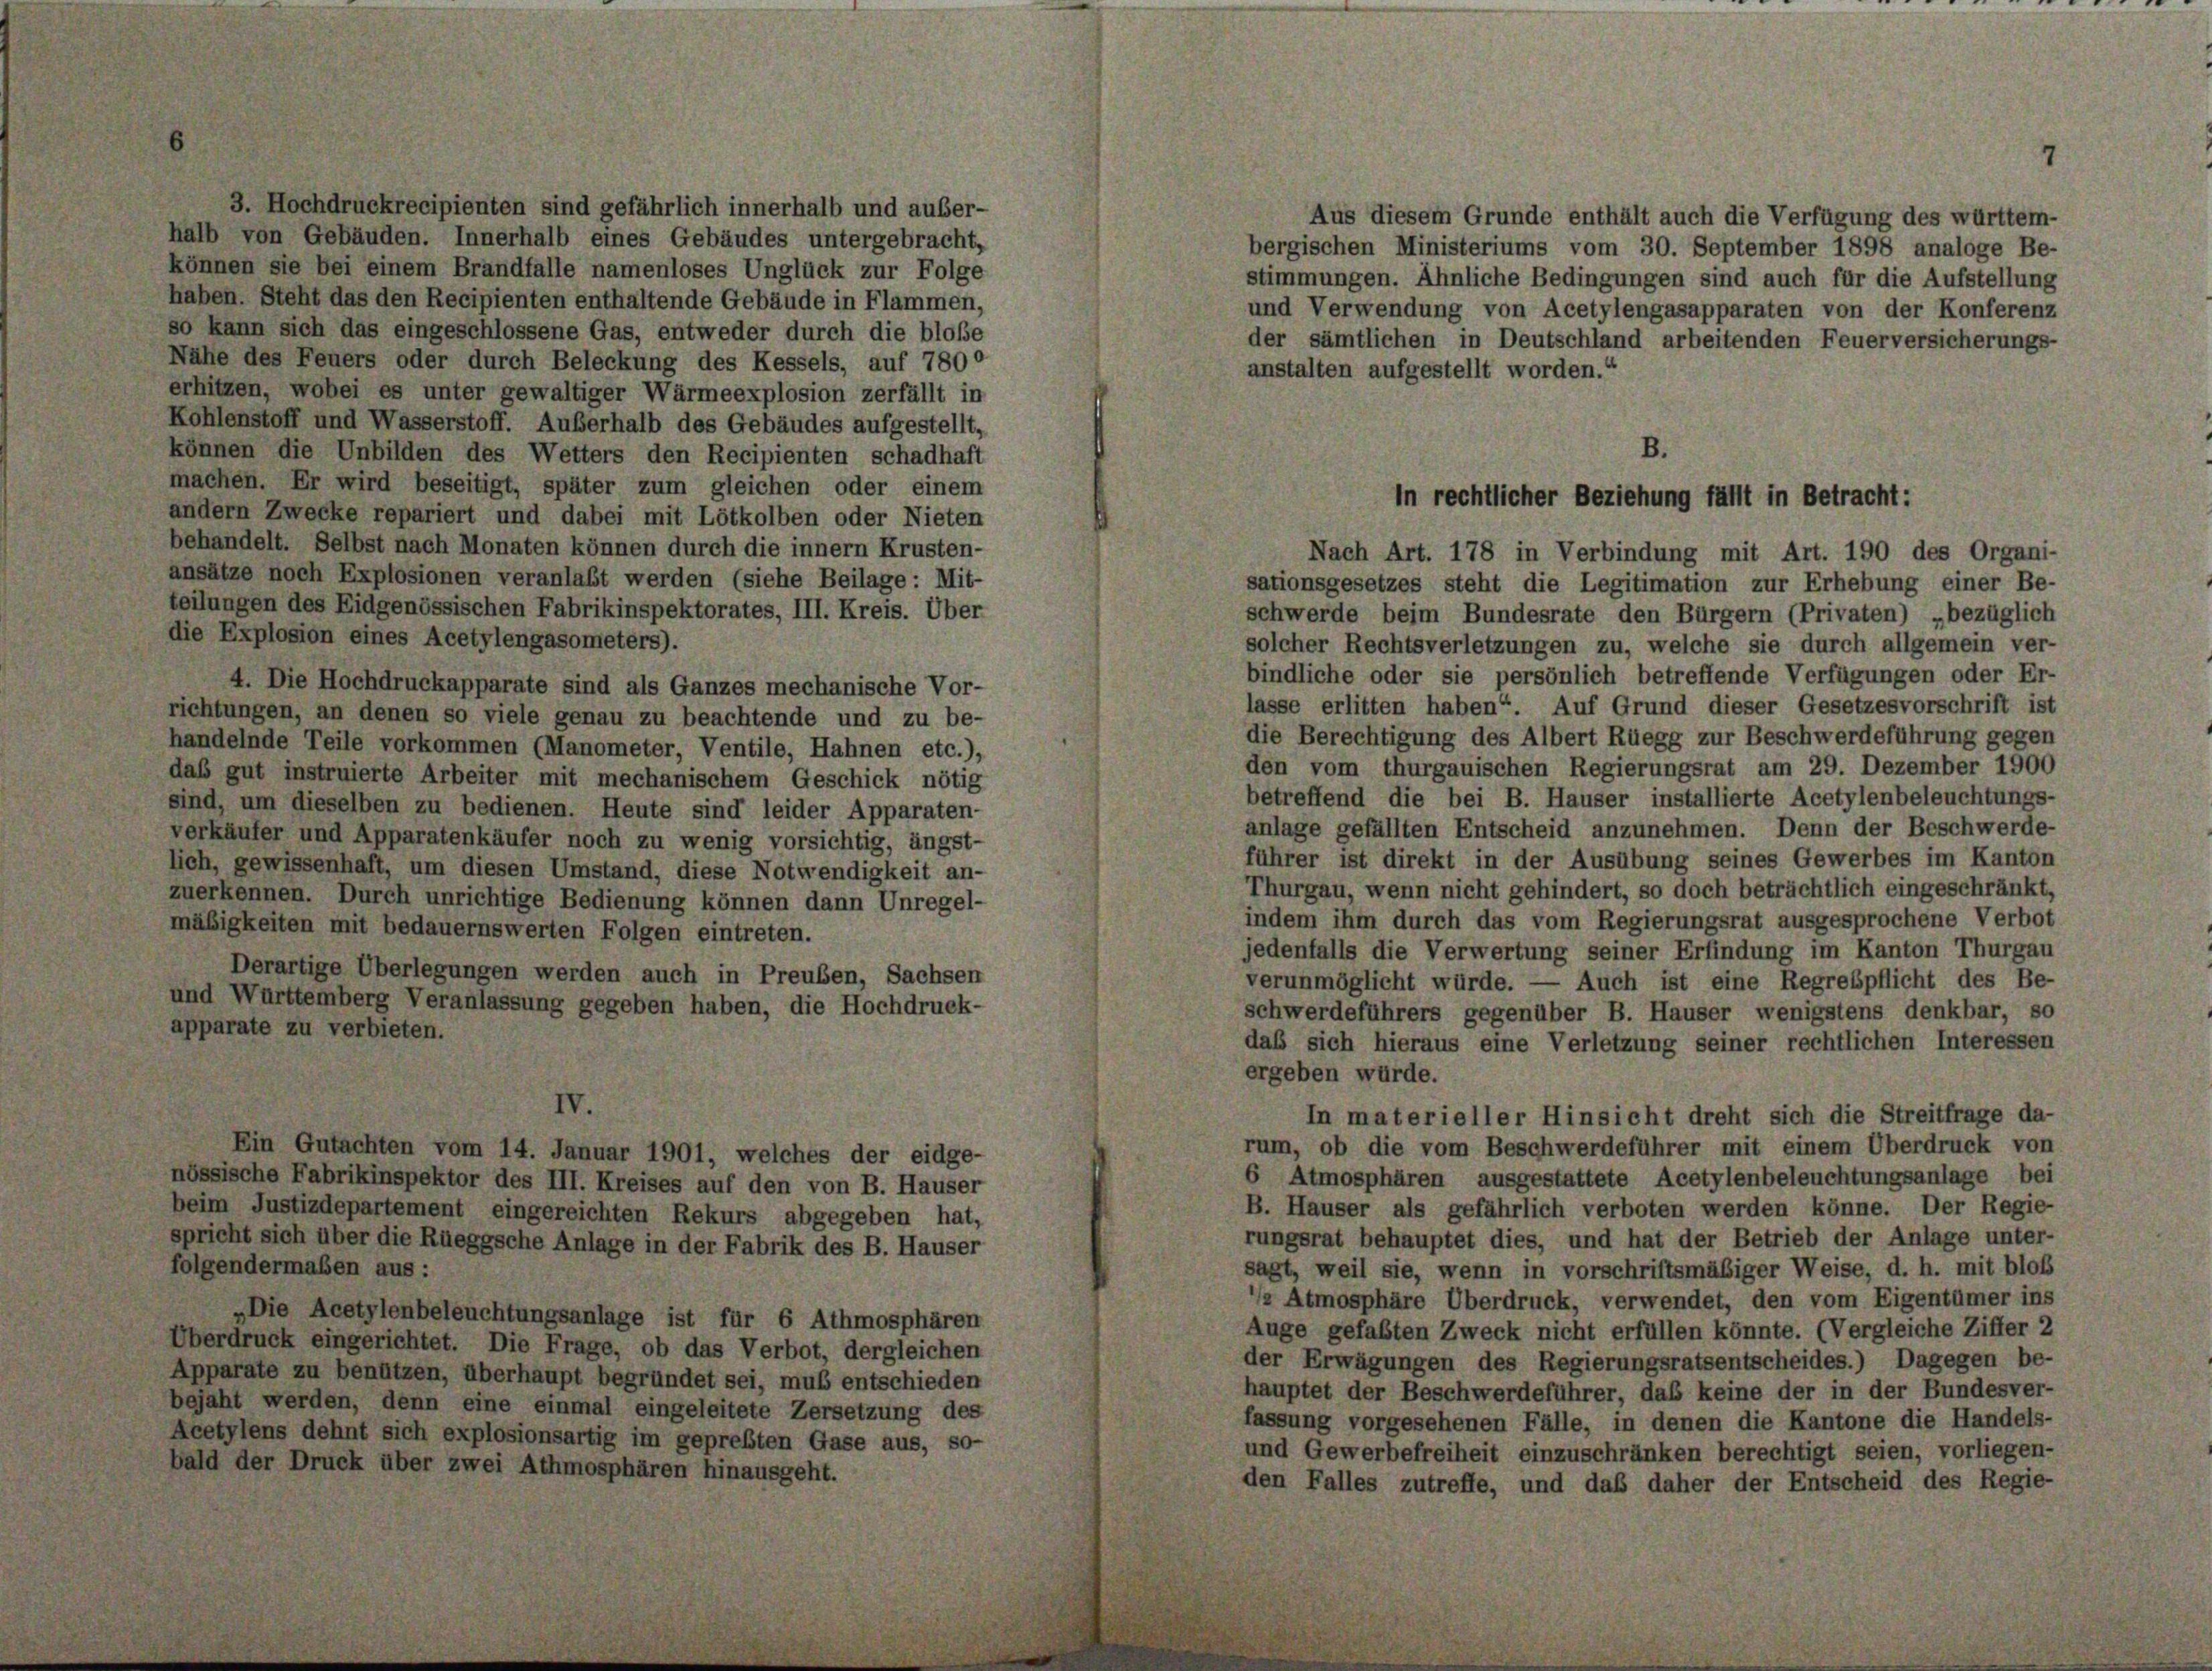
3. Hochdruckrecipienten sind gefährlich innerhalb und außer-
halb von Gebäuden. Innerhalb eines Gebäudes untergebracht,
können sie bei einem Brandfalle namenloses Unglück zur Folge
haben. Steht das den Recipienten enthaltende Gebäude in Flammen,
so kann sich das eingeschlossene Gas, entweder durch die bloße
Nähe des Feuers oder durch Beleckung des Kessels, auf 7800
erhitzen, wobei es unter gewaltiger Wärmeexplosion zerfällt in
Kohlenstoff und Wasserstoff. Außerhalb des Gebäudes aufgestellt,
können die Unbilden des Wetters den Recipienten schadhaft
machen. Er wird beseitigt, später zum gleichen oder einem
andern Zwecke repariert und dabei mit Lötkolben oder Nieten
behandelt. Selbst nach Monaten können durch die innern Krusten-
ansätze noch Explosionen veranlaßt werden (siehe Beilage: Mit-
sationsgesetzes steht die Legitimation zur Erhebung einer Be-
teilungen des Eidgenössischen Fabrikinspektorates, III. Kreis. Über
schwerde beim Bundesrate den Bürgern (Privaten) „bezüglich
die Explosion eines Acetylengasometers).
solcher Rechtsverletzungen zu, welche sie durch allgemein ver-
bindliche oder sie persönlich betreffende Verfügungen oder Er-
4. Die Hochdruckapparate sind als Ganzes mechanische Vor-
lasse erlitten haben“. Auf Grund dieser Gesetzesvorschrift ist
richtungen, an denen so viele genau zu beachtende und zu be-
die Berechtigung des Albert Rüegg zur Beschwerdeführung gegen
handelnde Teile vorkommen (Manometer, Ventile, Hahnen etc.),
den vom thurgauischen Regierungsrat am 29. Dezember 1900
das gut instruierte Arbeiter mit mechanischem Geschick nötig
betreffend die bei B. Hauser installierte Acetylenbeleuchtungs-
sind, um dieselben zu bedienen. Heute sind leider Apparaten-
anlage gefällten Entscheid anzunehmen. Denn der Beschwerde-
verkäufer und Apparatenkäufer noch zu wenig vorsichtig, ängst-
führer ist direkt in der Ausübung seines Gewerbes im Kanton
lich, gewissenhaft, um diesen Umstand, diese Notwendigkeit an-
Thurgau, wenn nicht gehindert, so doch beträchtlich eingeschränkt,
zuerkennen. Durch unrichtige Bedienung können dann Unregel-
indem ihm durch das vom Regierungsrat ausgesprochene Verbot
mäßigkeiten mit bedauernswerten Folgen eintreten.
jedenfalls die Verwertung seiner Erfindung im Kanton Thurgau
Derartige Überlegungen werden auch in Preuben, Sachsen
verunmöglicht würde. — Auch ist eine Regrespflicht des Be-
und Württemberg Veranlassung gegeben haben, die Hochdruck-
schwerdeführers gegenüber B. Hauser wenigstens denkbar, so
apparate zu verbieten.
das sich hieraus eine Verletzung seiner rechtlichen Interessen
ergeben wurde.
IV
In materieller Hinsicht dreht sich die Streitfrage da-
rum, ob die vom Beschwerdeführer mit einem Überdruck von
Ein Gutachten vom 14. Januar 1901, welches der eidge-
6 Atmosphären ausgestattete Acetylenbeleuchtungsanlage bei
nössische Fabrikinspektor des III. Kreises auf den von B. Hauser
B. Häuser als gefährlich verboten werden könne. Der Regie-
beim Justizdepartement eingereichten Rekurs abgegeben hat,
rungsrat behauptet dies, und hat der Betrieb der Anlage unter-
spricht sich über die Rüeggsche Anlage in der Fabrik des B. Hauser
folgendermaßen aus :
sagt, weil sie, wenn in vorschriftsmäßiger Weise, d. h. mit bloß
 Atmosphäre Überdruck, verwendet, den vom Eigentümer ins
„Die Acetylenbeleuchtungsanlage ist für 6 Athmosphären
Auge gefaßten Zweck nicht erfüllen könnte. (Vergleiche Ziffer 2
Überdruck eingerichtet. Die Frage, ob das Verbot, dergleichen
der Erwägungen des Regierungsratsentscheides.) Dagegen be-
Apparate zu benützen, überhaupt begründet sei, muß entschieden
hauptet der Beschwerdeführer, daß keine der in der Bundesver-
bejaht werden, denn eine einmal eingeleitete Zersetzung des
fassung vorgesehenen Fälle, in denen die Kantone die Handels-
Acetylens dehnt sich explosionsartig im gepreßten Gase aus, so-
und Gewerbefreiheit einzuschränken berechtigt seien, vorliegen-
bald der Druck über zwei Athmosphären hinausgeht.
den Falles zutreffe, und daß daher der Entscheid des Regie-

Aus diesem Grunde enthält auch die Verfügung des württem-
bergischen Ministeriums vom 30. September 1898 analoge Be-
stimmungen. Ähnliche Bedingungen sind auch für die Aufstellung
und Verwendung von Acetylengasapparaten von der Konferenz
der sämtlichen in Deutschland arbeitenden Feuerversicherungs-
anstalten aufgestellt worden.“

B.
In rechtlicher Beziehung fällt in Betracht:
Nach Art. 178 in Verbindung mit Art. 190 des Organi-